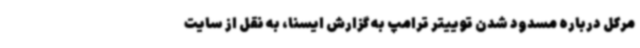
مرکل درباره مسدود شدن توییتر ترامپ به گزارش ایسنا، به نقل از سایت